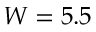
W = 5 . 5